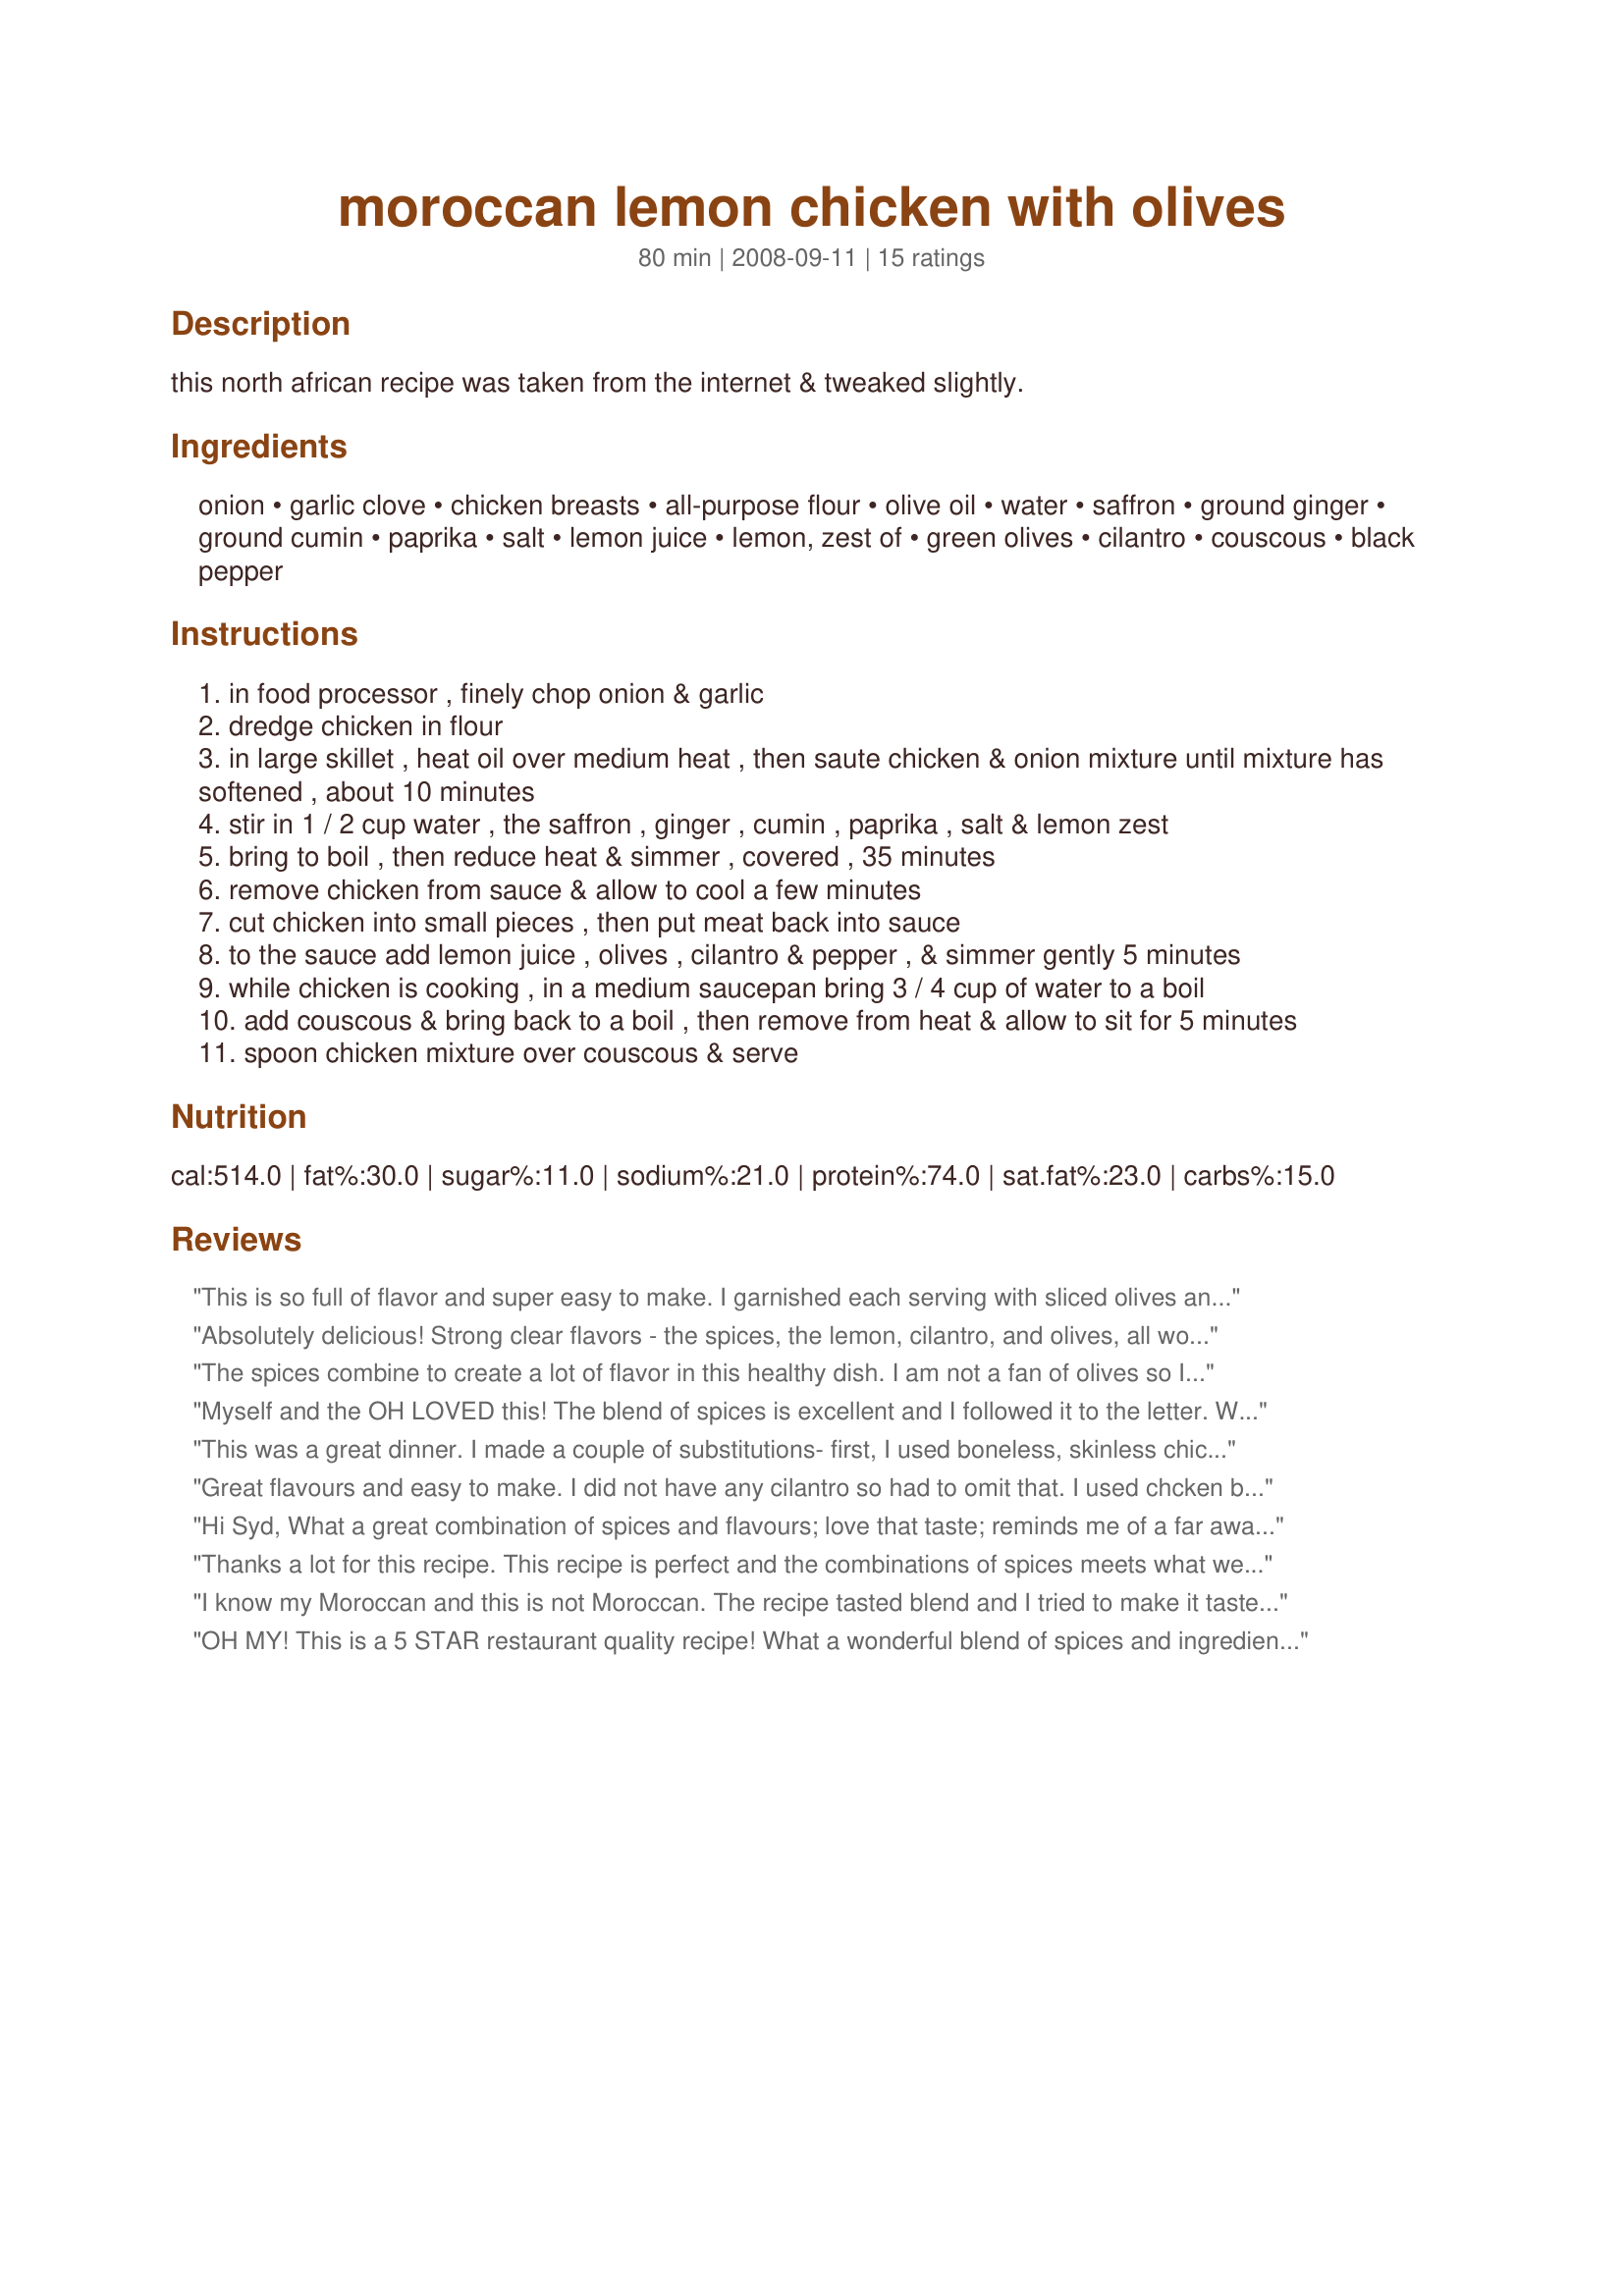
moroccan lemon chicken with olives
Preparation time: 80 minutes

this north african recipe was taken from the internet & tweaked slightly.

Ingredients:
onion, garlic clove, chicken breasts, all-purpose flour, olive oil, water, saffron, ground ginger, ground cumin, paprika, salt, lemon juice, lemon, zest of, green olives, cilantro, couscous, black pepper

Steps:
in food processor , finely chop onion & garlic
dredge chicken in flour
in large skillet , heat oil over medium heat , then saute chicken & onion mixture until mixture has softened , about 10 minutes
stir in 1 / 2 cup water , the saffron , ginger , cumin , paprika , salt & lemon zest
bring to boil , then reduce heat & simmer , covered , 35 minutes
remove chicken from sauce & allow to cool a few minutes
cut chicken into small pieces , then put meat back into sauce
to the sauce add lemon juice , olives , cilantro & pepper , & simmer gently 5 minutes
while chicken is cooking , in a medium saucepan bring 3 / 4 cup of water to a boil
add couscous & bring back to a boil , then remove from heat & allow to sit for 5 minutes
spoon chicken mixture over couscous & serve

Reviews:
This is so full of flavor and super easy to make. I garnished each serving with sliced olives and additional cilantro. Made as per directions.
Absolutely delicious! Strong clear flavors - the spices, the lemon, cilantro, and olives, all work together well. Used diced chicken, so cooking was quick - and I'll bet the second time through this will even quicker. A great weeknight dinner for two.
The spices combine to create a lot of flavor in this healthy dish. I am not a fan of olives so I substituted with 2 T capers. Made for Went to the Market tag.
Myself and the OH LOVED this! The blend of spices is excellent and I followed it to the letter. Will make more next time to ensure leftovers :). Made for ZWT6. Thank you!
This was a great dinner. I made a couple of substitutions- first, I used boneless, skinless chicken breasts; second, I used orzo instead of couscous (cooked to package directions). Since I used boneless chicken, I only needed to simmer 10 minutes in step 5, which got the chicken to a perfect level of doneness, and got dinner on the table faster! I had to add a little extra water, though, to keep the onion mixture from going dry and burning. We loved the flavors in this dish! In fact, we loved them so much that I think I would double the ginger, paprika, and cumin the next time, and maybe add some of it to the dredging flour. Thanks for a great recipe, I look forward to making it again!
Great flavours and easy to make.
I did not have any cilantro so had to omit that.
I used chcken broth to cook the couscous and chicken
Made for Gimme 5
Hi Syd,
What a great combination of spices and flavours; love that taste; reminds me of a far away place; we rally enjoyed it.
Followed it all except cilantro(sorry but can't get use to that one.) Thank you for posting; made this for ZWT6.
Rita
Thanks a lot for this recipe. This recipe is perfect and the combinations of spices meets what we tried in Marocco. I prepared this 2 turkey legs and 2 chiken breast at the same time.<br/>I exchanged the lemon zest with a sliced preserved lemon that I prepared this spring with the Recipe #441743. Everything came tender and delicious!
I know my Moroccan and this is not Moroccan. The recipe tasted blend and I tried to make it taste better but that did not help. This is not authentic.
OH MY! This is a 5 STAR restaurant quality recipe! What a wonderful blend of spices and ingredients that complement each other for a SUPREME MEAL :) Made as written and will defiantly be made again. Thanks Syd for posting. Made for SSaSSy's ZWT 6.
Great recipe! We loved the spice combination, as well as, the olives, lemon and cilantro. These ingredients really gave this dish an exotic touch. We especially liked using couscous as a base for the delicious sauce - such a nice change from rice and other pasta. Made for the Olive tag, July, 2011.
This was delicious. I made as noted except omitted the cilantro as I am not a fan. I used 2 large boneless, skinless breast halves. The dish went together quickly. Cover while simmering to keep juices in the pot. I served it with vegetable couscous. Yum. I will be adding this to my tried-and-true folder.
I felt like I was eating in a restaurant. The amount of spices are perfect and so is the taste. I'll make this again. Made for ZWT 6
Made this recipe twice now. The first time I followed the recipe pretty closely (used less olives as I am not a fan) and it was very good, but seemed like something was "missing" to me and my dinner guests. The next time, I used a better quality saffron (and more of it), added the called for amount of olives, and added red pepper flakes. That was the winning combination for us! Thank you for sharing this recipe!
We loved this and much easier and quicker than you think when you first look at the ingredients!

It serves a generous two, I had an unexpected young guest and was easily able to stretch this recipe.

I forgot the olives, sorry, but will use them next time, which I expect to be quite soon!

I used a spicy 'fusion' couscous, which complemented the chicken beautifully.

Thanks for a great recipe, Sydney Mike!
